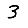
Digit: 3